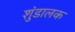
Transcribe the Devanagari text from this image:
शुंडालक